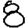
Digit: 8